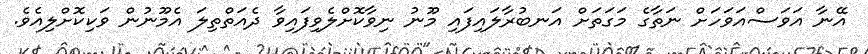
އޭނާ އަވަސްއަވަހަށް ނަތާގެ މަގަތަށް އަނބުރާލައިފައި މޫނު ނިވާކޮށްލެވިފައިވާ ދެއަތްތިލަ އެމޫނުން ވަކިކޮށްލިއެވެ.